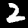
Digit: 2